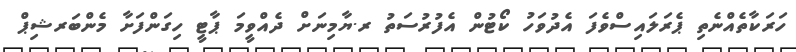
ހަރަކާތެއްނެތި ޕެރަލައިސްވެފަ އެދުވަހު ކޯޓުން އެފުރުސަތު ރ.ޔާމިނަށް ދެއްވީމަ ޕާޓީ ހިގަންފަށާ މެންބަރޝިޕް